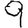
Digit: 9